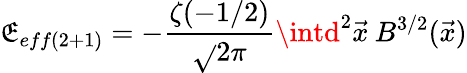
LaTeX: \mathfrak{E}_{eff(2+1)}=-\frac{{\zeta(-1/2)}}{{\sqrt{}{{2}}\pi}}\intd^{2}\vec{{x}}\: B^{3/2}(\vec{{x}})